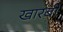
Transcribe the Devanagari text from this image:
खारबी